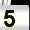
Digit: 5